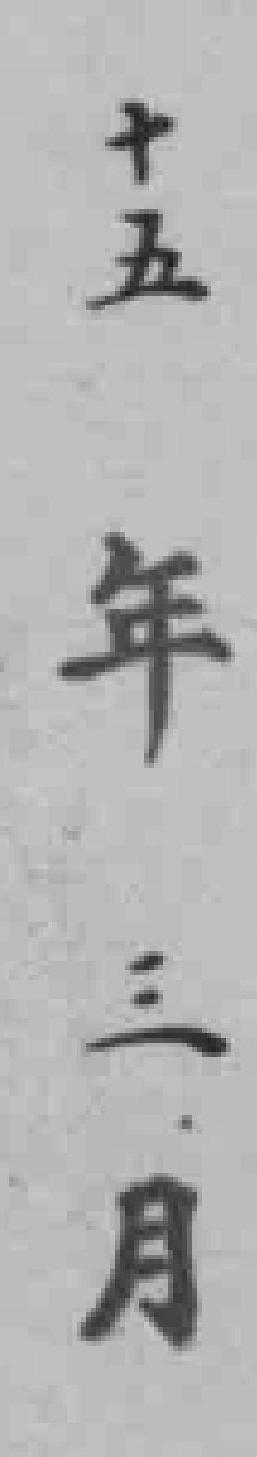
十五年三月